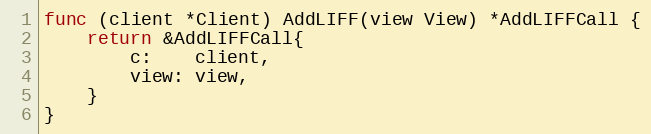
Language: Go
func (client *Client) AddLIFF(view View) *AddLIFFCall {
	return &AddLIFFCall{
		c:    client,
		view: view,
	}
}